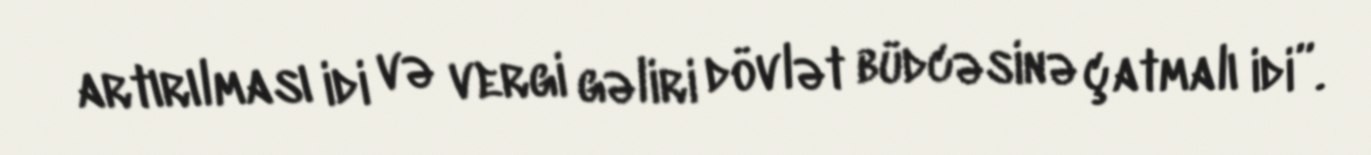
artırılması idi və vergi gəliri dövlət büdcəsinə çatmalı idi”.